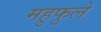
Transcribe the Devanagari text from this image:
महुफुले